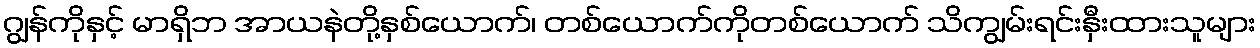
ဂျွန်ကိုနှင့် မာရှိဘ အာယနဲတို့နှစ်ယောက်၊ တစ်ယောက်ကိုတစ်ယောက် သိကျွမ်းရင်းနှီးထားသူများ